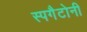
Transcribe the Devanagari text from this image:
स्पगैटोनी